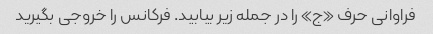
فراوانی حرف «ج» را در جمله زیر بیابید. فرکانس را خروجی بگیرید